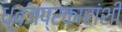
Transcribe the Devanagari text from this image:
ध्वजप्रकारांशी